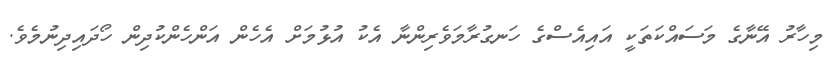
މިހާރު އޭނާގެ މަސައްކަތަކީ އައިއެސްގެ ހަނގުރާމަވެރިންނާ އެކު އުޅުމަށް އެހެން އަންހެންކުދިން ހޯދައިދިނުމެވެ.